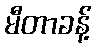
မီတာခန့်